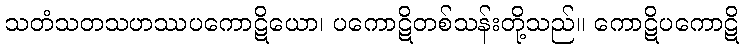
သတံသတသဟဿပကောဋိယော၊ ပကောဋိတစ်သန်းတို့သည်။ ကောဋိပကောဋိ